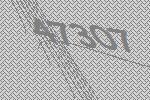
47307